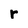
Character: r